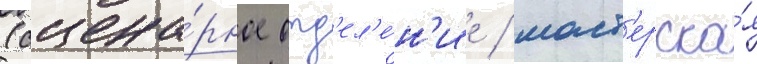
(сцена́рное отд'ел'е́н'ие / маст'ерска́я